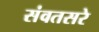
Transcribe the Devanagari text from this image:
संवतसरे